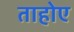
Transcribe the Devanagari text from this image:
ताहोए